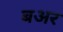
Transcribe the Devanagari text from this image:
बअर